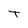
Character: T